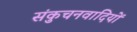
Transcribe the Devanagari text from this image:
संकुचनवादियों